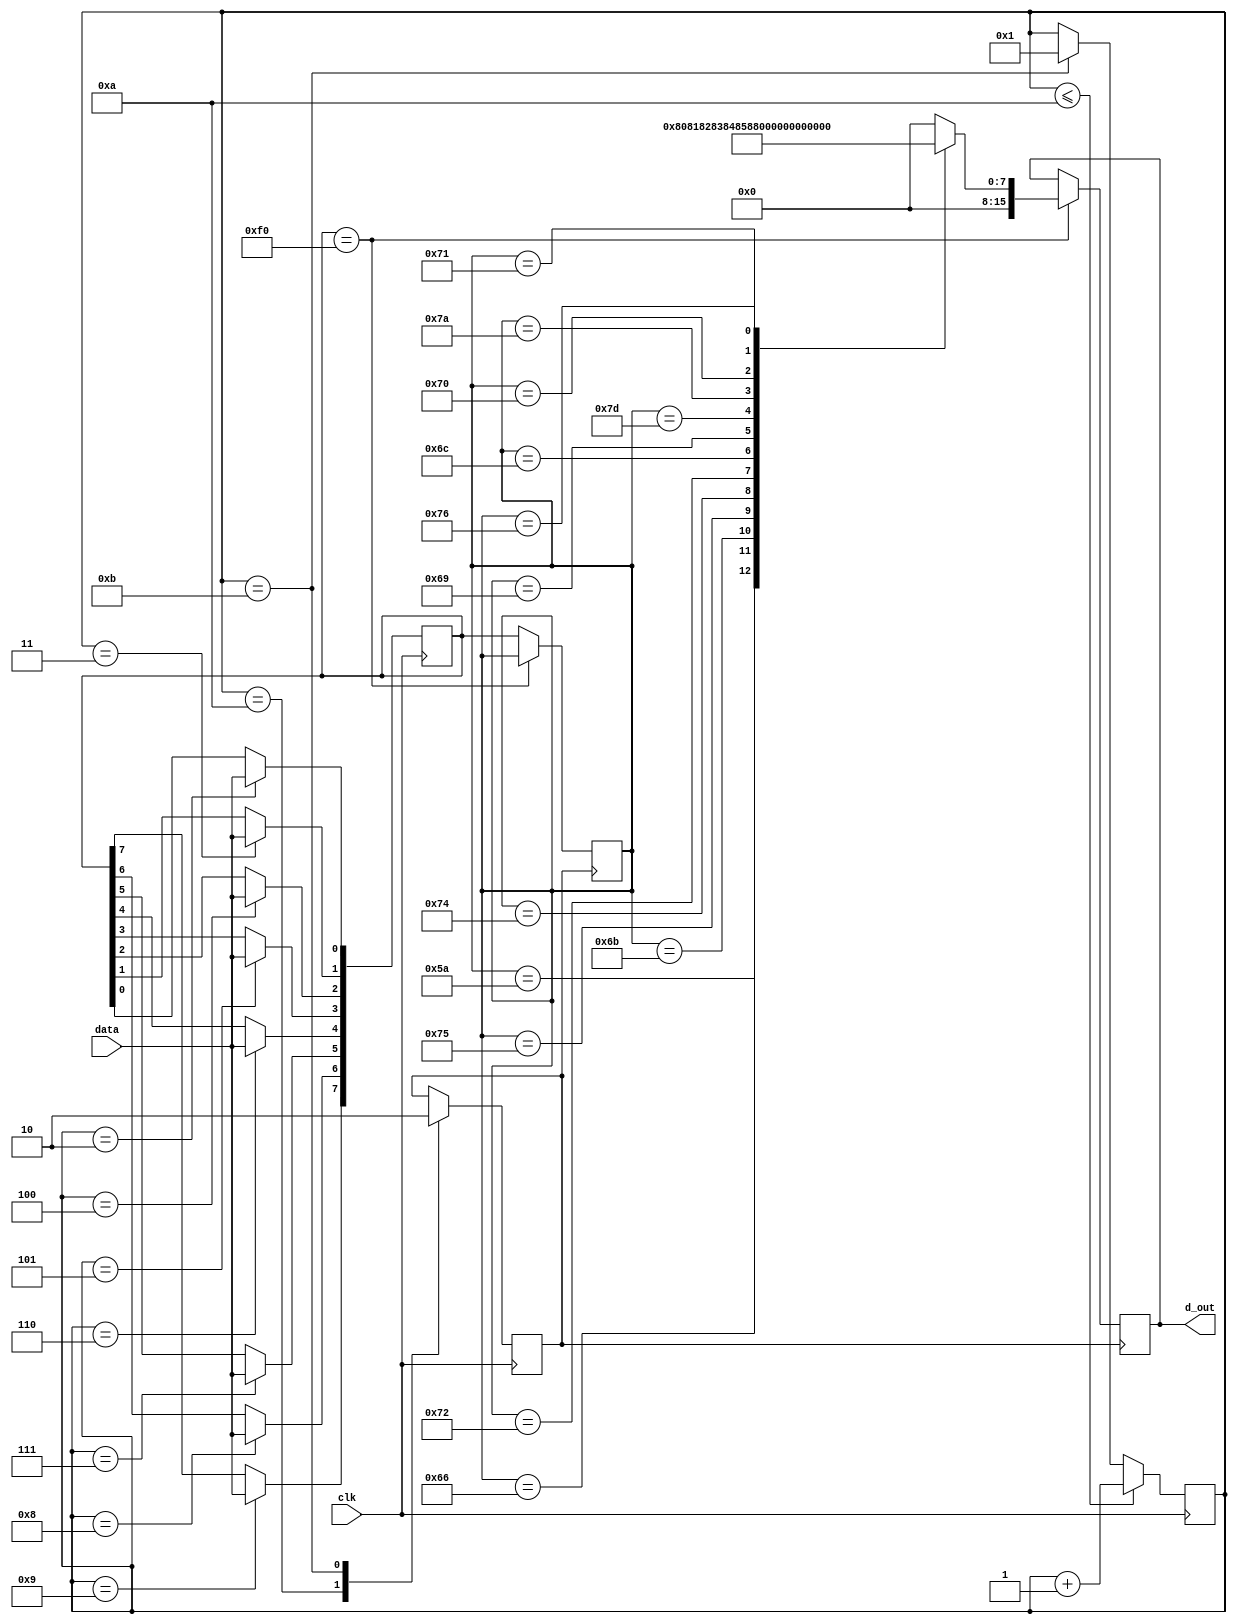
module keyboard(
    input wire clk, // Clock pin form keyboard
    input wire data, //Data pin form keyboard
    output reg [15:0] d_out
);
    reg [7:0] data_curr;
    reg [7:0] data_pre;
    reg [3:0] b;
    reg flag;

    initial begin
        b <= 4'h1;
        flag <= 1'b0;
        data_curr <= 8'hf0;
        data_pre <= 8'hf0;
        d_out <= 16'd0;
    end

    always @(negedge clk) //Activating at negative edge of clock from keyboard
    begin
        case(b)
            1: ; //first bit
            2: data_curr[0] <= data;
            3: data_curr[1] <= data;
            4: data_curr[2] <= data;
            5: data_curr[3] <= data;
            6: data_curr[4] <= data;
            7: data_curr[5] <= data;
            8: data_curr[6] <= data;
            9: data_curr[7] <= data;
            10: flag <= 1'b1; //Parity bit
            11: flag <= 1'b0; //Ending bit
        endcase

        if(b <= 10) begin
            b <= b + 1;
        end
        else if(b == 11) begin
            b <= 1;
        end
    end

    always@(posedge flag)// Printing data obtained to led
    begin 
        if(data_curr == 8'hf0) begin
            case(data_pre)
                8'h5a: d_out <= 16'd128; // enter
                8'h66: d_out <= 16'd129; // backspace
                8'h6b: d_out <= 16'd130; // left arrow
                8'h75: d_out <= 16'd131; // up arrow
                8'h74: d_out <= 16'd132; // right arrow
                8'h72: d_out <= 16'd133; // down arrow
                8'h6c: d_out <= 16'd134; // home
                8'h69: d_out <= 16'd135; // end
                8'h7d: d_out <= 16'd136; // page up
                8'h7a: d_out <= 16'd137; // page down
                8'h70: d_out <= 16'd138; // insert
                8'h71: d_out <= 16'd139; // delete
                8'h76: d_out <= 16'd140; // escape
                default: d_out <= 16'd0;
            endcase
        end
        else begin
            data_pre <= data_curr;
        end
    end

    endmodule